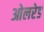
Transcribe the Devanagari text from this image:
ओलरेड